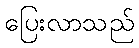
ပြေးလာသည်